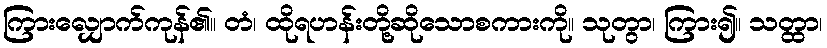
ကြားလျှောက်ကုန်၏။ တံ၊ ထိုရဟန်းတို့ဆိုသောစကားကို။ သုတွာ၊ ကြား၍။ သတ္ထာ၊